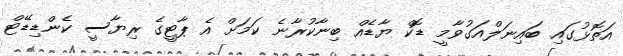
އަތޮޅުގައި ބައިނަލްއަގުވާމީ ޑޮކް ޔާޑެއް ބިނާކުރާނެ ކަމަށް އެ ޕާޓީގެ ރިޔާސީ ކެންޑިޑޭޓް